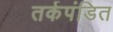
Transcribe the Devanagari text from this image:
तर्कपंडित